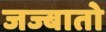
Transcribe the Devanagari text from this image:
जज्बातो